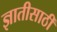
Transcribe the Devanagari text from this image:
ज्ञातीसाठीं